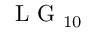
\mathrm { ~ L ~ G ~ } _ { 1 0 }